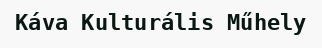
Káva Kulturális Műhely